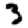
Digit: 3